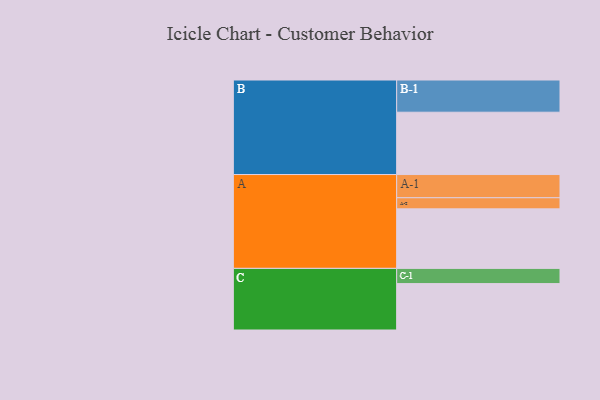
{"axis": {"x": "Segment", "y": "Value"}, "legend": ["", "A", "B", "C"], "data": [{"x": "A", "y": 508, "type": ""}, {"x": "B", "y": 532, "type": ""}, {"x": "C", "y": 396, "type": ""}, {"x": "A-1", "y": 198, "type": "A"}, {"x": "A-2", "y": 95, "type": "A"}, {"x": "B-1", "y": 275, "type": "B"}, {"x": "C-1", "y": 130, "type": "C"}]}